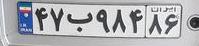
۴۷ب۹۸۴۸۶